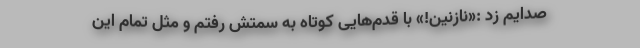
صدایم زد :«نازنین!» با قدم‌هایی کوتاه به سمتش رفتم و مثل تمام این